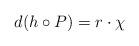
LaTeX: \begin{align*}d(h\circ P)=r\cdot\chi\end{align*}